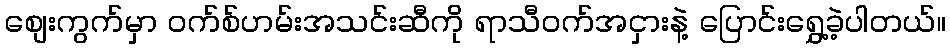
စျေးကွက်မှာ ဝက်စ်ဟမ်းအသင်းဆီကို ရာသီဝက်အငှားနဲ့ ပြောင်းရွှေ့ခဲ့ပါတယ်။